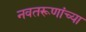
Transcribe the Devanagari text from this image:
नवतरूणांच्या